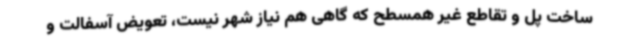
ساخت پل و تقاطع غیر همسطح که گاهی هم نیاز شهر نیست، تعویض آسفالت و